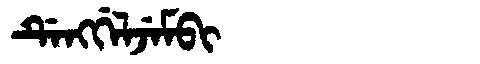
Manchu: ᡩᡝᠩᡤᡝᠯᠵᡝᠮᠪᡳ
Romanization: DENGGELJEMBI